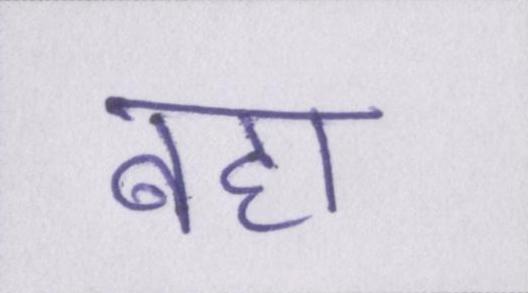
बहा